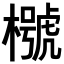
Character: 𣜵